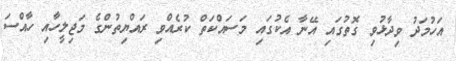
އަހުމަދު ވިދާޅުވި ގޮތުގައި އޭނާ އެކުގައި މަސައްކަތް ކުރެއްވި ރައްޔިތުންގެ މަޖިލީހާއި ހާއްސަ